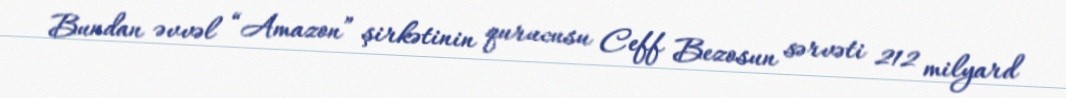
Bundan əvvəl “Amazon” şirkətinin qurucusu Ceff Bezosun sərvəti 212 milyard